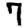
Digit: 7